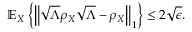
\mathbb { E } _ { X } \left\{ \left\Vert { \sqrt { \Lambda } } \rho _ { X } { \sqrt { \Lambda } } - \rho _ { X } \right\Vert _ { 1 } \right\} \leq 2 { \sqrt { \epsilon } } .